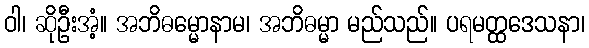
ဝါ၊ ဆိုဦးအံ့။ အဘိဓမ္မောနာမ၊ အဘိဓမ္မာ မည်သည်။ ပရမတ္ထဒေသနာ၊